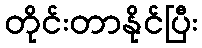
တိုင်းတာနိုင်ပြီး